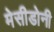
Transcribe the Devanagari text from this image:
मेसीडोनी